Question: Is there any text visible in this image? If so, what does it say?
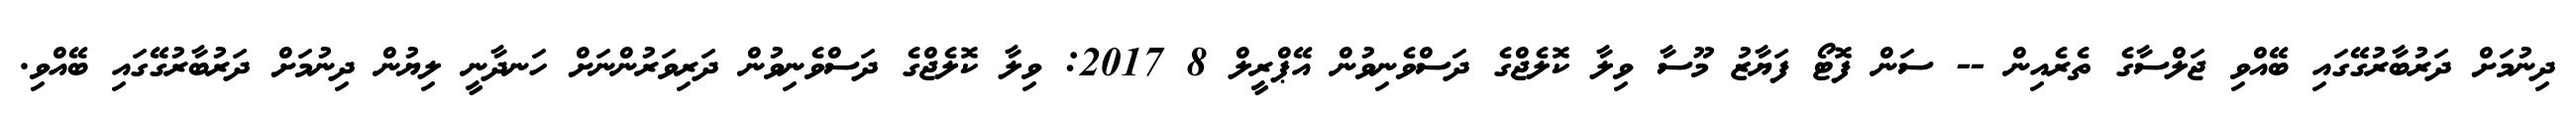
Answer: ދިނުމަށް ދަރުބާރުގޭގައި ބޭއްވި ޖަލްސާގެ ތެރެއިން -- ސަން ފޮޓޯ ފަޔާޒު މޫސާ ވިލާ ކޮލެޖްގެ ދަސްވެނިވުން އޭޕްރީލް 8 2017: ވިލާ ކޮލެޖްގެ ދަސްވެނިވުން ދަރިވަރުންނަށް ހަނދާނީ ލިޔުން ދިނުމަށް ދަރުބާރުގޭގައި ބޭއްވި.